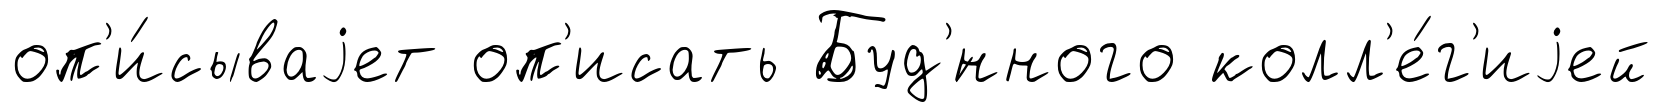
оп'и́сываjет оп'исать Буд'́нного колл'е́г'иjей